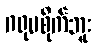
ဂရုမစိုက်ဘူး